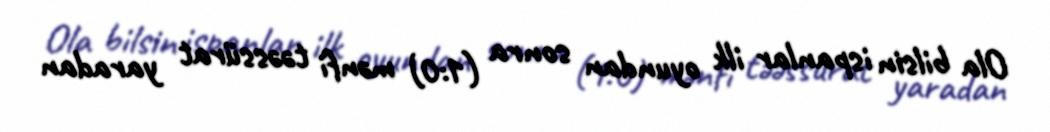
Ola bilsin ispanlar ilk oyundan sonra (1:0) mənfi təəssürat yaradan